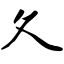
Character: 夂